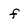
Character: f